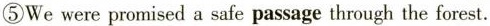
⑤We were promised a safe passage through the forest.